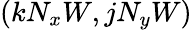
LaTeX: (k{{N}_{x}}W,j{{N}_{y}}W)